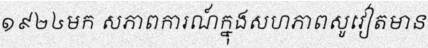
១៩២៤មក សភាពការណ៍ក្នុងសហភាពសូវៀតមាន